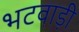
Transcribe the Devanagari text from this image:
भटवाड़ी